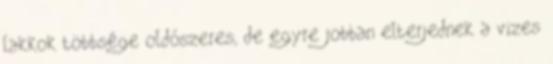
lakkok többsége oldószeres, de egyre jobban elterjednek a vizes